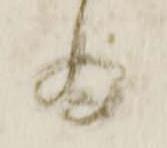
為